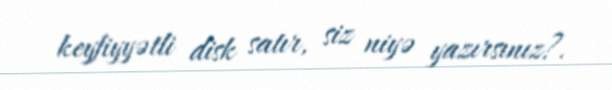
keyfiyyətli disk satır, siz niyə yazırsınız?.